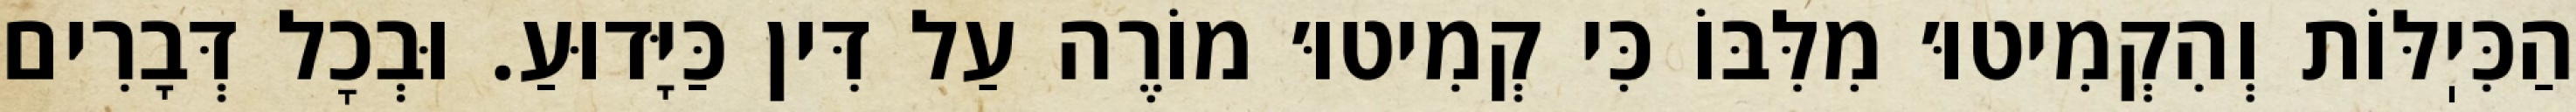
הַכִּיֽלּוֹת וְהִקְמִיטוּ׳ מִלִּבּוֹ כִּי קְמִיטוּ׳ מוֹרֶה עַל דִּין כַּיָּדוּעַ. וּבְכׇל דְּבָרִים